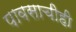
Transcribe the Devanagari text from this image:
पावसाचीही